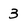
Character: 3